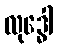
လုဒ္ဓေါ